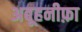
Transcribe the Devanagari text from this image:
अबूहनीफ़ा